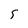
Character: 5